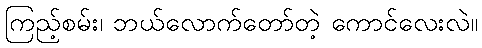
ကြည့်စမ်း၊ ဘယ်လောက်တော်တဲ့ ကောင်လေးလဲ။